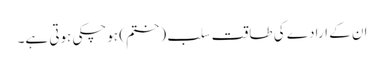
ان کے ارادے کی طاقت سلب (ختم) ہوچکی ہوتی ہے۔